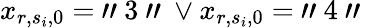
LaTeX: x_{r,s_{i},0}=\mathrm{~"~}3\mathrm{~"~}\lor x_{r,s_{i},0}=\mathrm{~"~}4\mathrm{~"~}